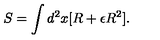
S = \int d ^ { 2 } x [ R + \epsilon R ^ { 2 } ] .